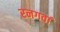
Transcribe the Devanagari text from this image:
रनगवां